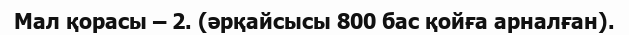
Мал қорасы – 2. (әрқайсысы 800 бас қойға арналған).